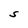
Character: S